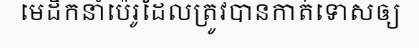
មេដឹកនាំប៉េរូដែលត្រូវបានកាត់ទោសឲ្យ